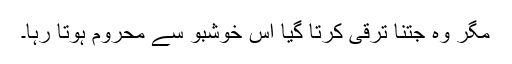
مگر وہ جتنا ترقی کرتا گیا اس خوشبو سے محروم ہوتا رہا۔